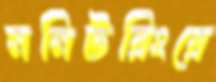
মনিটরিংয়ে